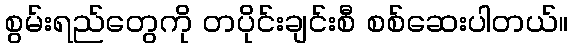
စွမ်းရည်တွေကို တပိုင်းချင်းစီ စစ်ဆေးပါတယ်။